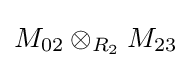
M_{02}\otimes _{R_{2}}M_{23}